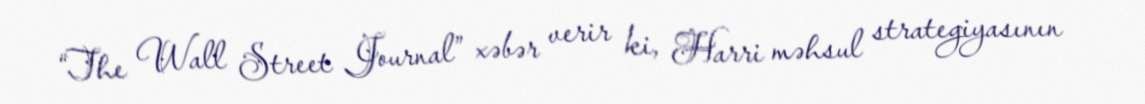
“The Wall Street Journal” xəbər verir ki, Harri məhsul strategiyasının